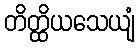
တိတ္ထိယသေယျံ